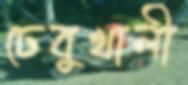
ঢেবুখালী